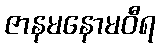
ဇာနမနောမဝီရ